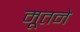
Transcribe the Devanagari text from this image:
मूतने